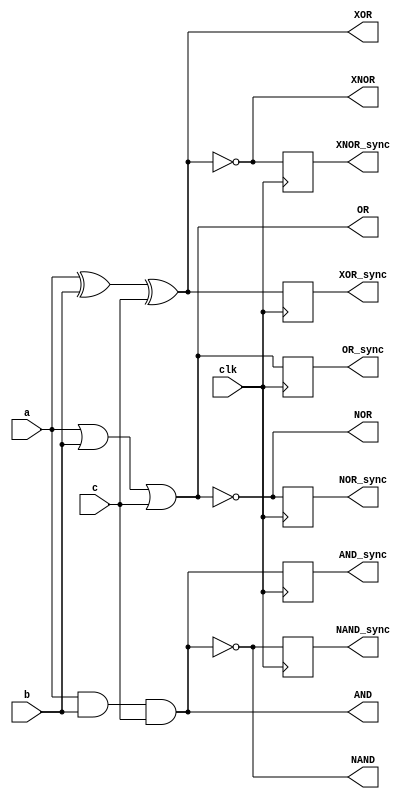
// This program was cloned from: https://github.com/tangxifan/micro_benchmark
// License: MIT License

`timescale 1ns / 1ps

module K4n4_test (
	clk,
	a,
	b,
	c,
	XOR,
	XNOR,
	AND,
	NAND,
	OR,
	NOR,
	XOR_sync,
	XNOR_sync,
	AND_sync,
	NAND_sync,
	OR_sync,
	NOR_sync );

	input  wire clk;
	input  wire a;
	input  wire b;
	input  wire c;
	output wire XOR;
	output wire XNOR;
	output wire AND;
	output wire NAND;
	output wire OR;
	output wire NOR;
	output reg  XOR_sync;
	output reg  XNOR_sync;
	output reg  AND_sync;
	output reg  NAND_sync;
	output reg  OR_sync;
	output reg  NOR_sync;

	assign XOR = a ^ b ^ c;
	assign XNOR = !XOR;
	assign OR = a || b || c;
	assign NOR = !( a || b || c);
	assign AND = a && b && c;
	assign NAND = !(a && b && c);

	always @(posedge clk) begin
		XOR_sync = XOR;
		XNOR_sync = XNOR;
		OR_sync = OR;
		NOR_sync = NOR;
		AND_sync = AND;
		NAND_sync = NAND;
	end

endmodule